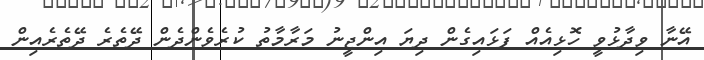
އޭނާ ވިދާޅުވީ ހޮޅިއެއް ފަޅައިގެން ދިޔަ އިންޖީނު މަރާމާތު ކުރެވެންދެން ދޭތެރެ ދޭތެރެއިން